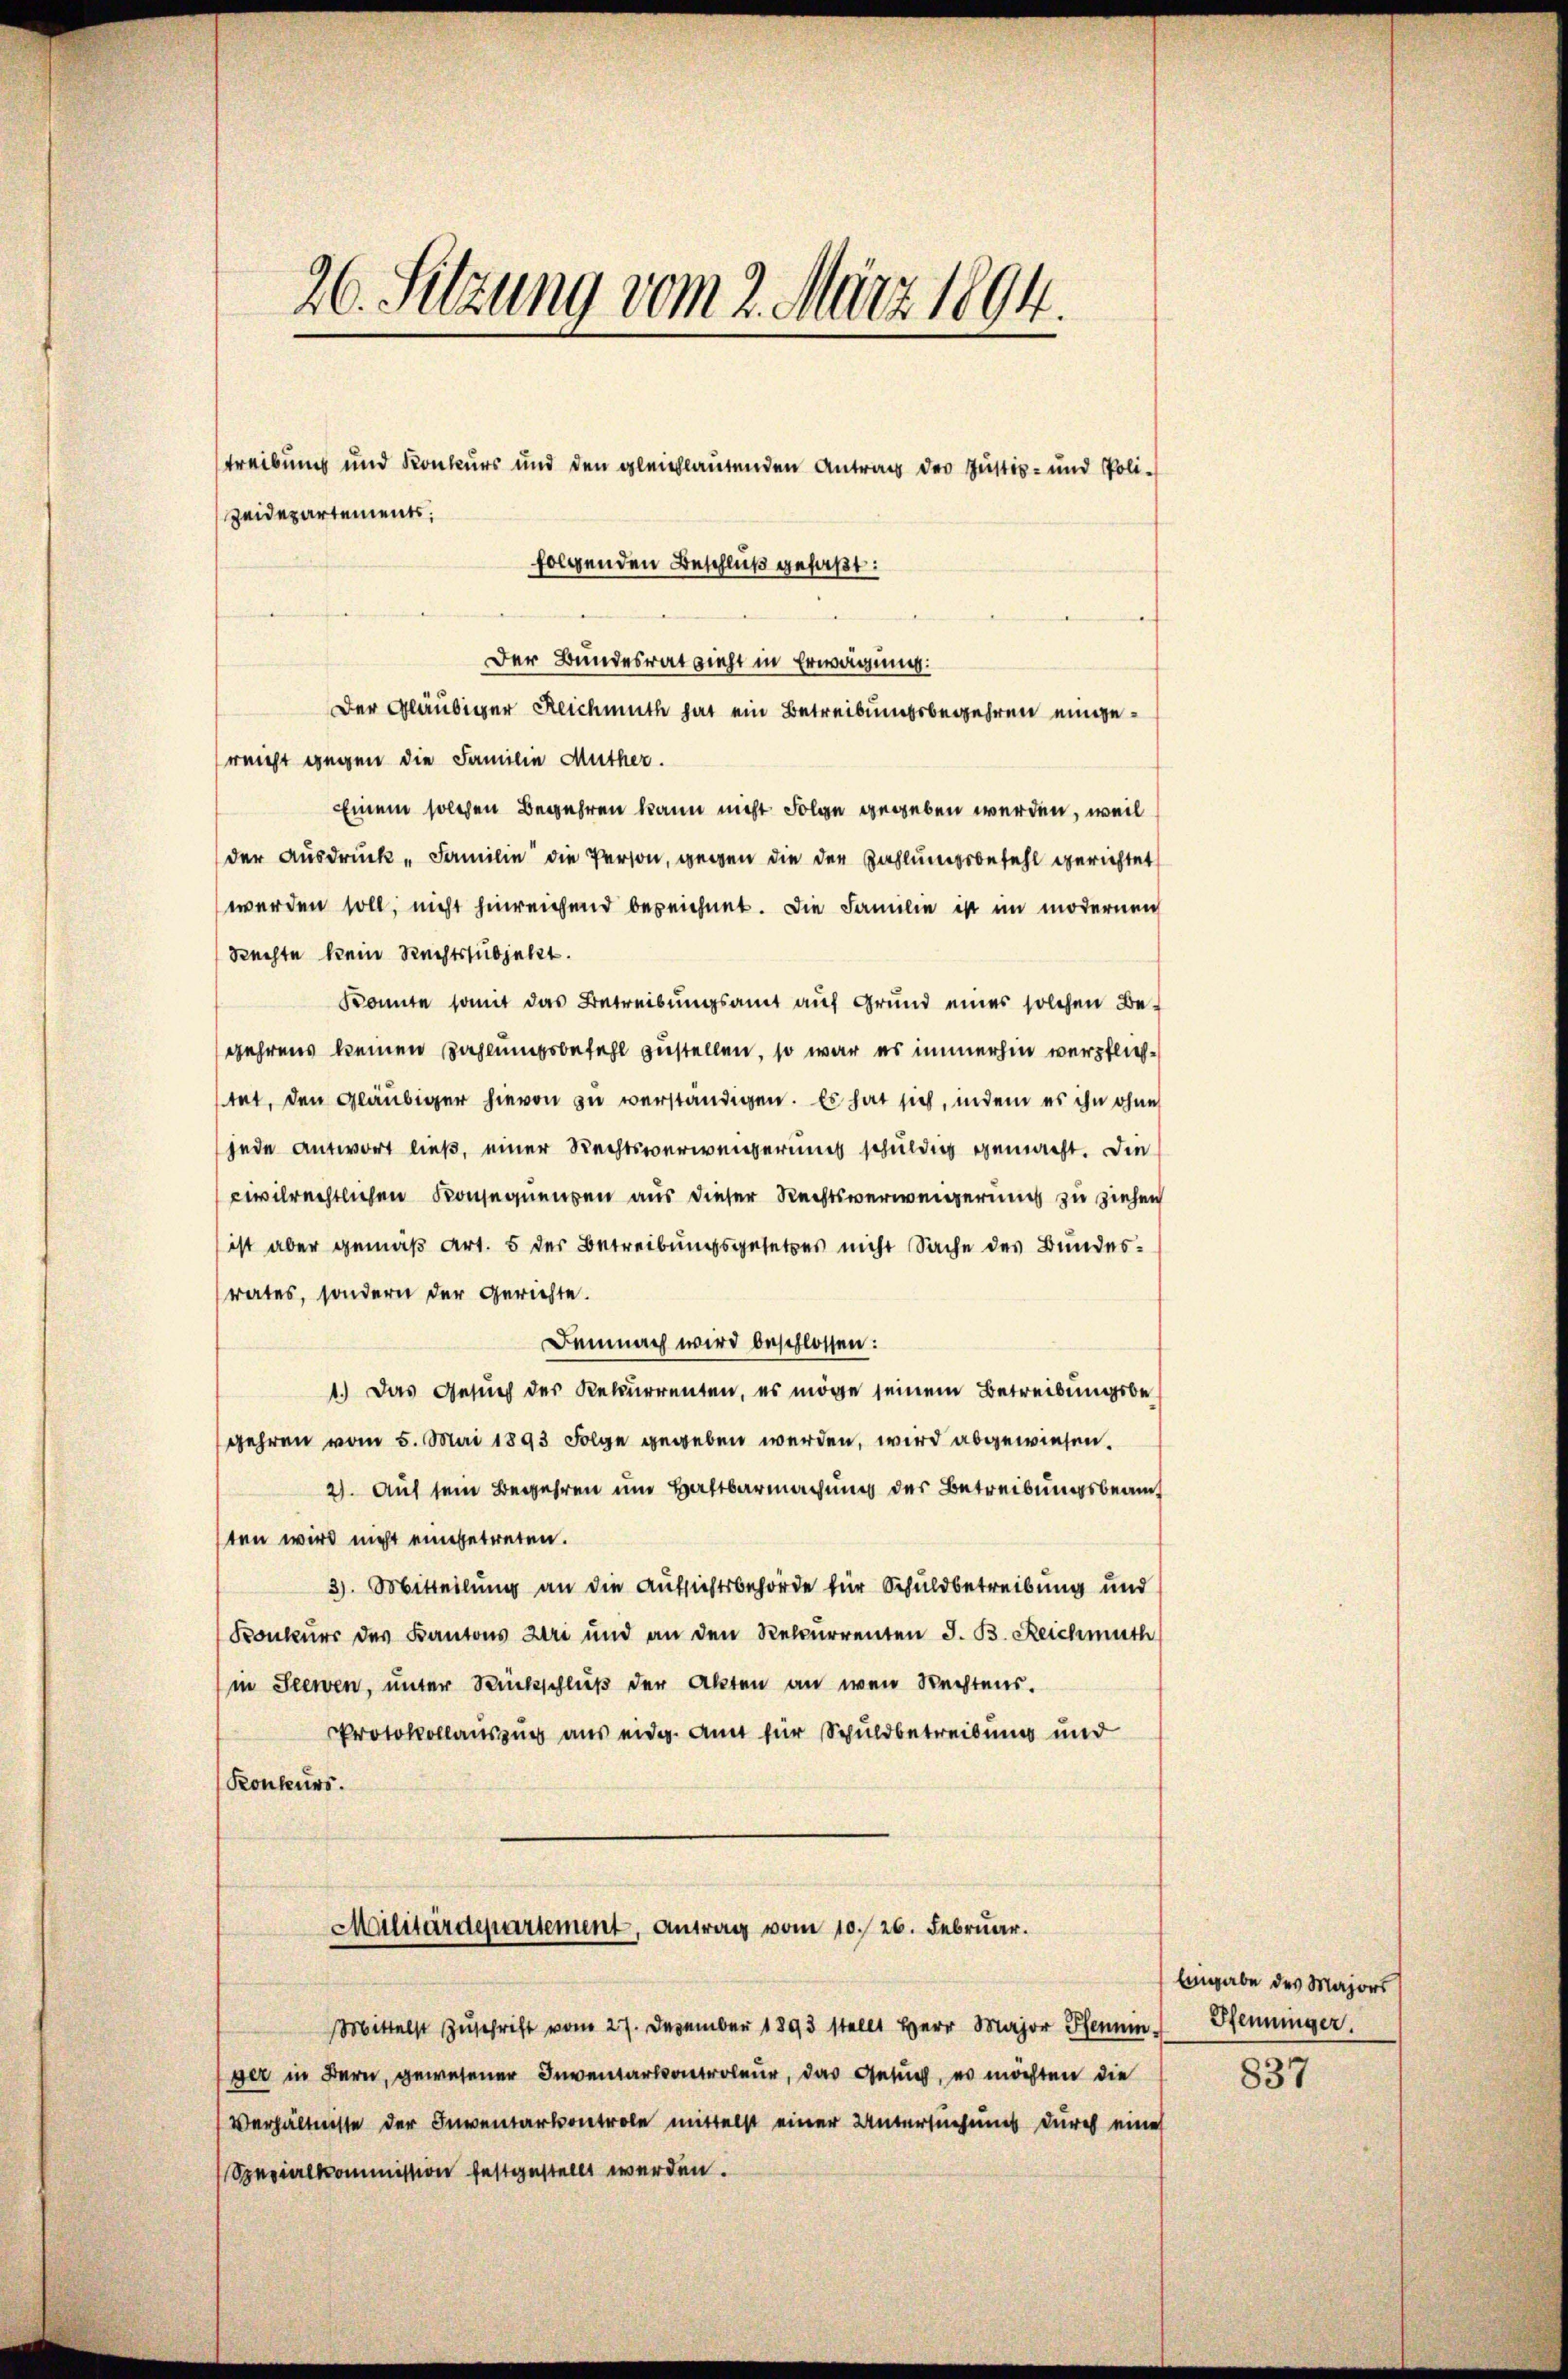
26. Sitzung vom 2. März 1894.

treibung und Konkurs und den gleichlautenden Antrag der Justiz- und Poli-

zeidepartements;

Militärdepartement, Antrag vom 10. 26. Februar.

folgenden Beschluß gefaßt:
Der Bundesrat zieht in Erwägung:
Der Gläubiger Reichmuth hat ein Betreibungsbegehren eingereicht gegen die Familie Muther.
Einem solchen Begehren kann nicht Folge gegeben werden, weil
der Ausdruck „Familie die Person, gegen die der Zahlungsbefehl gerichtet
werden soll, nicht hinreichend bezeichnet. Die Familie ist im modernen
Rechte kein Rechtssubjekt.
konnte somit das Betreibungsamt auf Grund eines solchen Begehrens keinen Zahlungsbefehl zustellen, so war es immerhin verpflichtet, den Gläubiger hievon zu verständigen. Es hat sich, indem es ihn ohne
jede antwort ließ, einer Rechtsverwengerung schuldig gemacht. Die
civilrechtlichen Konsequenzen aus dieser Rechtsverweigerung zu ziehen
ist aber gemäß Art. 5 der Betreibungsgesetzes nicht Sache des Bundesrates, sondern der Gerichte.
Demnach wird beschlossen:
1.) Das Gesuch des Rekurrenten, es möge seinem Betreibungsbegehren vom 5. Mai 1893 Folge gegeben werden, wird abgewiesen.
2). Auf sein Begehren und Haftbarmachung der Betreibungsbeamt
ten wird nicht eingetreten.
3). Mitteilung an die Aufsichtsbehörde für Schuldbetreibung und
Konkurs des Kantons Uri und an den Recurrenten J. B. Reichmuth
in Seewen, unter Rückschluß der Akten an wen Rechtens.
Protokollauszug aus eidg. Amt für Schuldbetreibung und
(Konkurs.

Mittelst Zŭschrift vom 27. Dezember 1893 stellt Herr Major Pfennin Pfenninger,
ger in Bern, gewesener Inventarkontroleur, das Gesuch, es möchten die
Verhältnisse der Inventarkontrole mittelst einer Untersuchung durch eine
Spezialkommission festgestellt werden.

Angabe des Majors

837